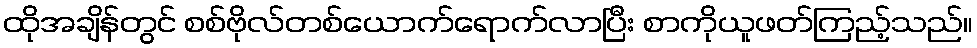
ထိုအချိန်တွင် စစ်ဗိုလ်တစ်ယောက်ရောက်လာပြီး စာကိုယူဖတ်ကြည့်သည်။